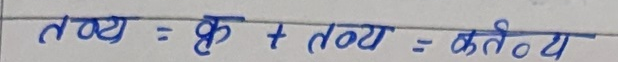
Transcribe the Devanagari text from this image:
तव्य = कृ + तव्य = कर्तव्य